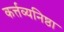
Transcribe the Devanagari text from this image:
कर्त्तव्यनिष्ठा